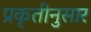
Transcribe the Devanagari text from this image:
प्रकृतीनुसार